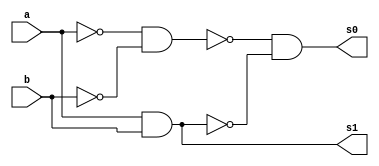
// ---------------------
// Guia 03 - Exercicio 02 - Half Adder
// Nome: Paulo Ricardo Bastos de Souza
// ---------------------

// ---------------------
// -- half adder
// ---------------------

module halfAdder (s1, s0, a, b);
 output s1, s0;
 input  a, b;
 wire x, y, k, z, w, q;
 
 nand NAND1 (y, a, a);
 nand NAND2 (z, b, b);
 nand NAND3 (k, y, z); // porta or
 
 nand NAND4 (x, a, b);
 nand NAND5 (s1,x, x); // porta and
 
 nand NAND6 (w, s1, s1); // porta not
 
 nand NAND7 (q, k, w);
 nand NAND8 (s0, q, q); // porta and
 
endmodule // halfAdder

// ---------------------
// -- test halfAdder
// ---------------------

module testhalfAdder;
 reg   a, b;
 wire  s1, s0;
          // instancia
 halfAdder HA1 (s1, s0, a, b);

 initial begin:start
      a=0; b=0;
 end

          // parte principal
 initial begin:main
      $display("Guia 03 - Exercicio 02 - Paulo Ricardo Bastos de Souza - 405828");
      $display("Test Half Adder");
      $display("\na + b = s0 , s1\n");
      $monitor("%b + %b = %b , %b", a, b, s0, s1);
  #1 a=0; b=1;
  #1 a=1; b=0;
  #1 a=1; b=1;
 end

endmodule // halfAdder